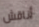
أناقش